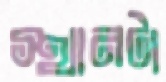
স্থানটা